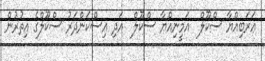
ޢަރަބިއްޔާ ސްކޫލް  އަމީނިއްޔާ ސްކޫލް  އަދި އިސްކަންދަރު ސްކޫލްގެ އިތުރުން